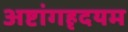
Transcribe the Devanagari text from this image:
अष्टांगहृदयम